Senior Leaving Certificate Examination (including Day School Certificate (Higher) General paper), 1949
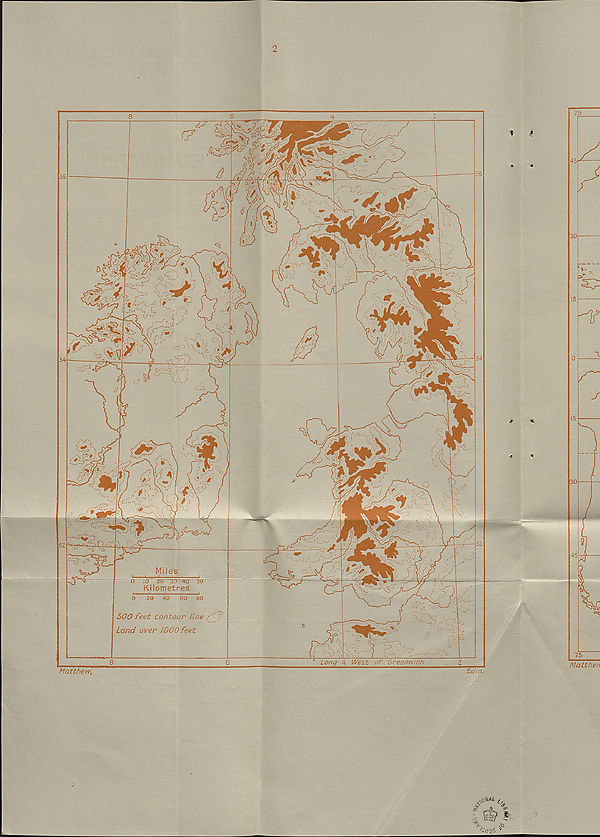
t of Greenwich
2
Earn.
30
Matthev*
Matthew,
o ro zo 3o~40 scr
Kilometres
20 40 60 so
£00 feet contour tine
Land over 1000 feet